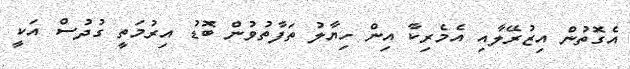
އެގޮތުން އިޒުރޭލާއި އެމެރިކާ އިން ހިޔާލު ތަފާތުވުން ބޮޑު އިރުމަތީ ގުދުސް އަކީ